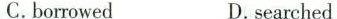
C.borrowed D.searched